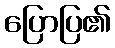
ပြောပြ၏